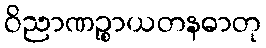
ဝိညာဏဉ္စာယတနဓာတု